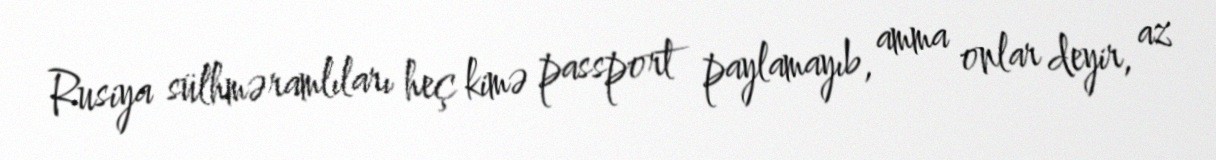
Rusiya sülhməramlıları heç kimə passport paylamayıb, amma onlar deyir, az